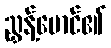
ညွှန့်မောင်၏